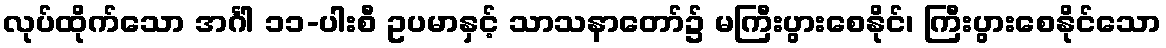
လုပ်ထိုက်သော အင်္ဂါ ၁၁-ပါးစီ ဥပမာနှင့် သာသနာတော်၌ မကြီးပွားစေနိုင်၊ ကြီးပွားစေနိုင်သော